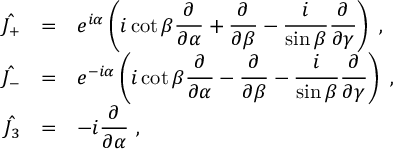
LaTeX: \begin{array} { r c l } { { \hat { J _ { + } } } } & { { = } } & { { e ^ { i \alpha } \left( i \cot \beta \displaystyle \frac { \partial } { \partial \alpha } + \frac { \partial } { \partial \beta } - \frac { i } { \sin \beta } \frac { \partial } { \partial \gamma } \right) ~ , } } \\ { { \hat { J _ { - } } } } & { { = } } & { { e ^ { - i \alpha } \left( i \cot \beta \displaystyle \frac { \partial } { \partial \alpha } - \frac { \partial } { \partial \beta } - \frac { i } { \sin \beta } \frac { \partial } { \partial \gamma } \right) ~ , } } \\ { { \hat { J _ { 3 } } } } & { { = } } & { { - i \displaystyle \frac { \partial } { \partial \alpha } ~ , } } \end{array}